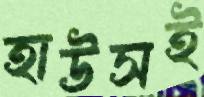
হাউসই